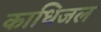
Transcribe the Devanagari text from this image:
काधिजल